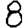
Digit: 8